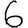
Digit: 6